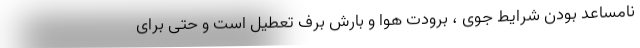
نامساعد بودن شرایط جوی ، برودت هوا و بارش برف تعطیل است و حتی برای